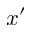
x ^ { \prime }